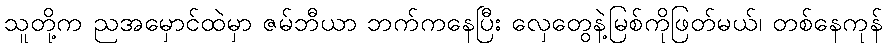
သူတို့က ညအမှောင်ထဲမှာ ဇမ်ဘီယာ ဘက်ကနေပြီး လှေတွေနဲ့မြစ်ကိုဖြတ်မယ်၊ တစ်နေကုန်